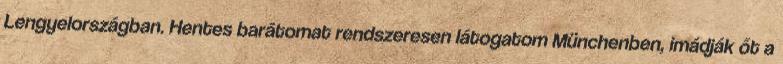
Lengyelországban. Hentes barátomat rendszeresen látogatom Münchenben, imádják őt a